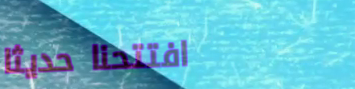
افتتحنا حديثاً